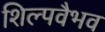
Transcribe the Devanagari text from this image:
शिल्पवैभव